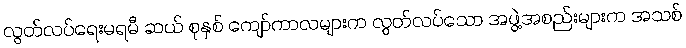
လွတ်လပ်ရေးမရမီ ဆယ် စုနှစ် ကျော်ကာလများက လွတ်လပ်သော အဖွဲ့အစည်းများက အသစ်